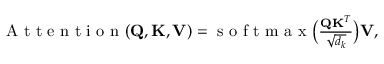
\begin{array} { r } { \mathrm { ~ A ~ t ~ t ~ e ~ n ~ t ~ i ~ o ~ n ~ } ( \mathbf { Q } , \mathbf { K } , \mathbf { V } ) = \mathrm { ~ s ~ o ~ f ~ t ~ m ~ a ~ x ~ } \big ( \frac { \mathbf { Q } \mathbf { K } ^ { T } } { \sqrt { d _ { k } } } \big ) \mathbf { V } , } \end{array}